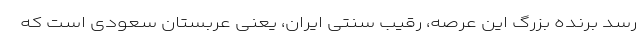
رسد برنده بزرگ این عرصه، رقیب سنتی ایران، یعنی عربستان سعودی است که